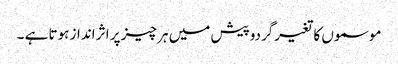
موسموں کا تغیرگردوپیش میں ہر چیز پر اثر انداز ہوتا ہے ۔